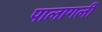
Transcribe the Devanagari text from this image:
पालागली